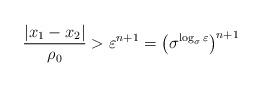
LaTeX: \begin{align*}\frac{|x_1-x_2|}{\rho_0} > \varepsilon^{n+1} = \left(\sigma^{\log_{\sigma} \varepsilon }\right)^{n+1}\end{align*}